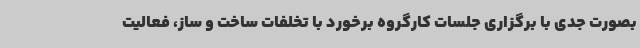
بصورت جدی با برگزاری جلسات کارگروه برخورد با تخلفات ساخت و ساز، فعالیت